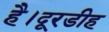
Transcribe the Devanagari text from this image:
है।दूरडीह